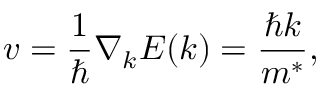
v = \frac { 1 } { \hbar } \nabla _ { k } E ( k ) = \frac { \hbar k } { m ^ { * } } ,